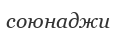
союнаджи